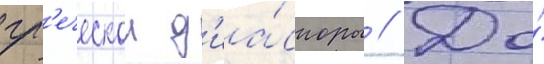
гр'еческои д'иа́споры // До́